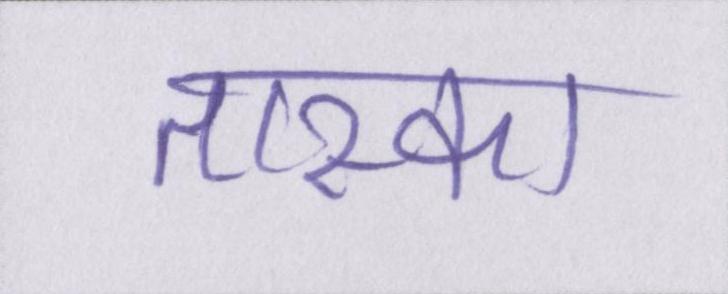
तास्का